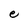
Character: e